Report on vaccination in Madras 1877-1894 - 1877-1894
Year: 1877
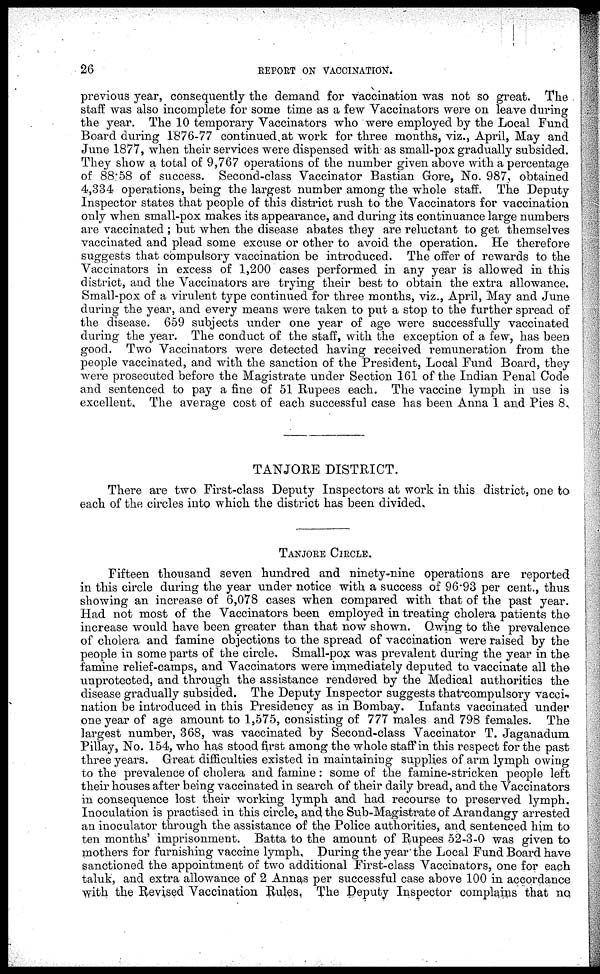
26
REPORT ON VACCINATION.
previous year, consequently the demand for vaccination was not so great. The
staff was also incomplete for some time as a few Vaccinators were on leave during
the year. The 10 temporary Vaccinators who were employed by the Local Fund
Board during 1876-77 continued at work for three months, viz., April, May and
June 1877, when their services were dispensed with as small-pox gradually subsided.
They show a total of 9,767 operations of the number given above with a percentage
of 88.58 of success. Second-class Vaccinator Bastian Gore, No. 987, obtained
4,334 operations, being the largest number among the whole staff. The Deputy
Inspector states that people of this district rush to the Vaccinators for vaccination
only when small-pox makes its appearance, and during its continuance large numbers
are vaccinated ; but when the disease abates they are reluctant to get themselves
vaccinated and plead some excuse or other to avoid the operation. He therefore
suggests that compulsory vaccination be introduced. The offer of rewards to the
Vaccinators in excess of 1,200 cases performed in any year is allowed in this
district, and the Vaccinators are trying their best to obtain the extra allowance.
Small-pox of a virulent type continued for three months, viz., April, May and June
during the year, and every means were taken to put a stop to the further spread of
the disease. 659 subjects under one year of age were successfully vaccinated
during the year. The conduct of the staff, with the exception of a few, has been
good. Two Vaccinators were detected having received remuneration from the
people vaccinated, and with the sanction of the President, Local Fund Board, they
were prosecuted before the Magistrate under Section 161 of the Indian Penal Code
and sentenced to pay a fine of 51 Rupees each. The vaccine lymph in use is
excellent. The average cost of each successful case has been Anna 1 and Pies 8.
TANJORE DISTRICT.
There are two First-class Deputy Inspectors at work in this district, one to
each of the circles into which the district has been divided.
TANJORE CIRCLE.
Fifteen thousand seven hundred and ninety-nine operations are reported
in this circle during the year under notice with a success of 96.93 per cent., thus
showing an increase of 6,078 cases when compared with that of the past year.
Had not most of the Vaccinators been employed in treating cholera patients the
increase would have been greater than that now shown. Owing to the prevalence
of cholera and famine objections to the spread of vaccination were raised by the
people in some parts of the circle. Small-pox was prevalent during the year in the
famine relief-camps, and Vaccinators were immediately deputed to vaccinate all the
unprotected, and through the assistance rendered by the Medical authorities the
disease gradually subsided. The Deputy Inspector suggests that compulsory vacci-
nation be introduced in this Presidency as in Bombay. Infants vaccinated under
one year of age amount to 1,575, consisting of 777 males and 798 females. The
largest number, 368, was vaccinated by Second-class Vaccinator T. Jaganadum
Pillay, No. 154, who has stood first among the whole staff in this respect for the past
three years. Great difficulties existed in maintaining supplies of arm lymph owing
to the prevalence of cholera and famine: some of the famine-stricken people left
their houses after being vaccinated in search of their daily bread, and the Vaccinators
in consequence lost their working lymph and had recourse to preserved lymph.
Inoculation is practised in this circle, and the Sub-Magistrate of Arandangy arrested
an inoculator through the assistance of the Police authorities, and sentenced him to
ten months' imprisonment. Batta to the amount of Rupees 52-3-0 was given to
mothers for furnishing vaccine lymph. During the year the Local Fund Board have
sanctioned the appointment of two additional First-class Vaccinators, one for each
taluk, and extra allowance of 2 Annas per successful case above 100 in accordance
with the Revised Vaccination Rules. The Deputy Inspector complains that no